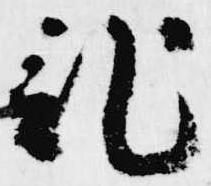
記